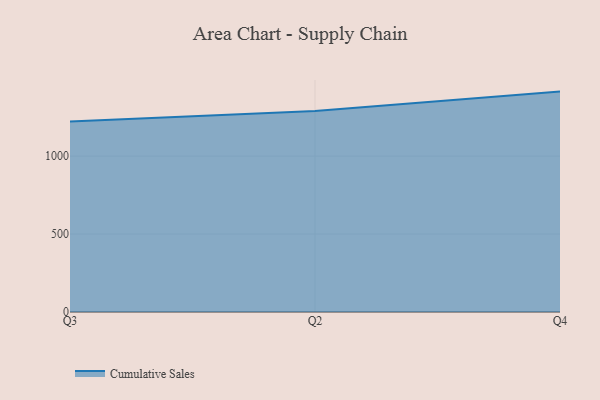
{"axis": {"x": "Quarter", "y": "Production Output"}, "legend": ["Cumulative Sales"], "data": [{"x": "Q3", "y": 1221.7, "type": "Cumulative Sales"}, {"x": "Q2", "y": 1289.6, "type": "Cumulative Sales"}, {"x": "Q4", "y": 1413.6, "type": "Cumulative Sales"}]}